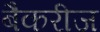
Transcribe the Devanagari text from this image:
बैकरीज